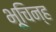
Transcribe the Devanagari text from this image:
भूचिन्ह